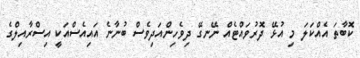
ކޮބާތަ އެއްކަލަ މި އުޅޭ ދޮރުވައްޓެއް ނޭނގޭ ދިވެހިންއަދިވެސް ބުނާނެ އައިއެސްއަކީ އިސްރާއިލްގެ